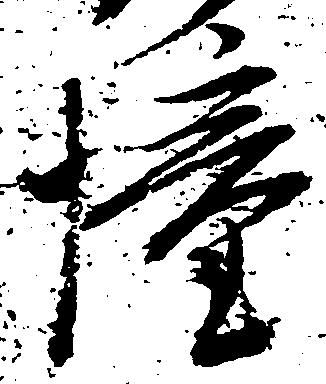
憧